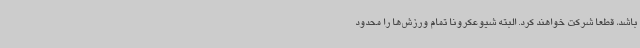
باشد، قطعا شرکت خواهند کرد. البته شیوعکرونا تمام ورزش‌ها را محدود